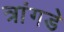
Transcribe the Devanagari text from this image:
त्रांगडे